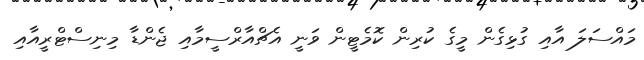
މައްސަލަ އާއި ގުޅިގެން މީގެ ކުރިން ކޮމެޓީން ވަނީ އެޗްއާރްސީމާއި ޖެންޑާ މިނިސްޓްރީއާއި